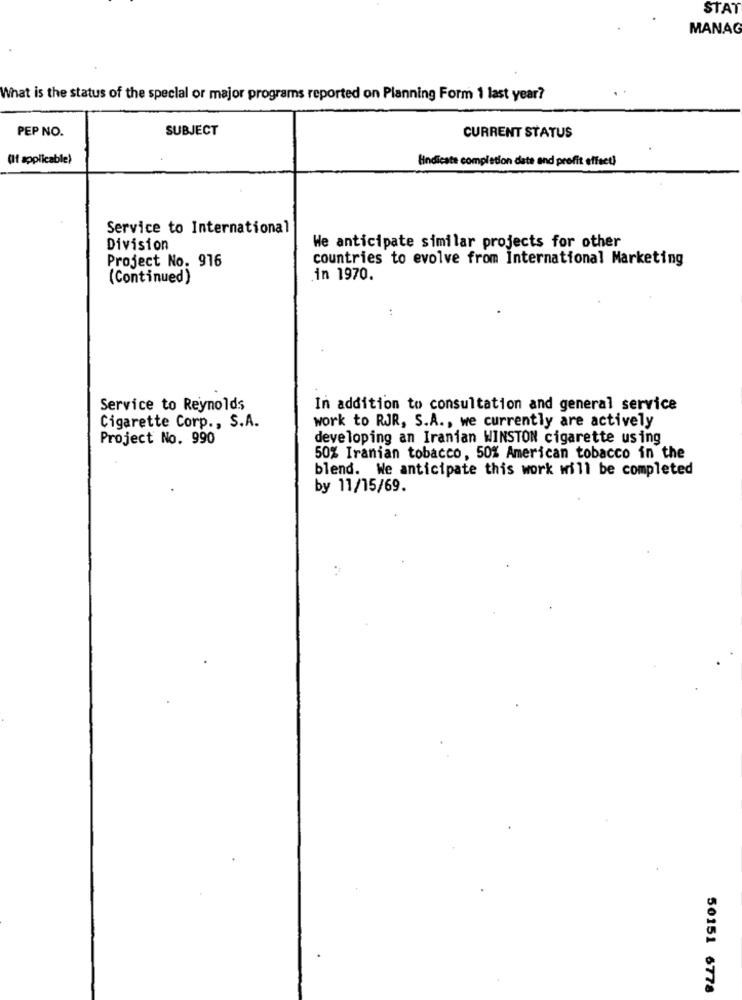
STAT
MANAG
What is the status of the special or major programs reported on Planning Form 1 last year?
PEP NO.
SUBJECT
CURRENT STATUS
(If applicable)
Hindicate completion date and profit effet)
Service to International
Division
We anticipate similar projects for other
Project No. 916
countries to evolve from International Marketing
(Continued)
in 1970.
Service to Reynolds
In addition to consultation and general service
Cigarette Corp ., S.A.
work to RJR, S.A ., we currently are actively
Project No. 990
developing an Iranian WINSTON cigarette using
50% Iranian tobacco, 50% American tobacco in the
blend. We anticipate this work will be completed
by 11/15/69.
50151 6778